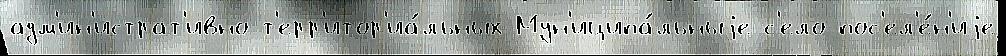
адм'ин'истрат'ивно-т'ерр'итор'иа́льных Мун'иципа́льныjе с'ело пос'ел'е́н'иjе